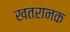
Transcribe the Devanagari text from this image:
खतरानक